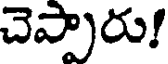
చెప్పారు!